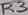
Text: R3